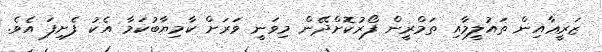
ޒަރީޢާއިން ތައުލީމާއި ތަމްރީން ފޯރުކޮށްދޭން މިވަނީ ވަރަށް ކާމިޔާބުކަމާ އެކު ފެށިފަ އެވެ.